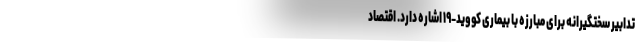
تدابیر سختگیرانه برای مبارزه با بیماری کووید-۱۹ اشاره دارد. اقتصاد